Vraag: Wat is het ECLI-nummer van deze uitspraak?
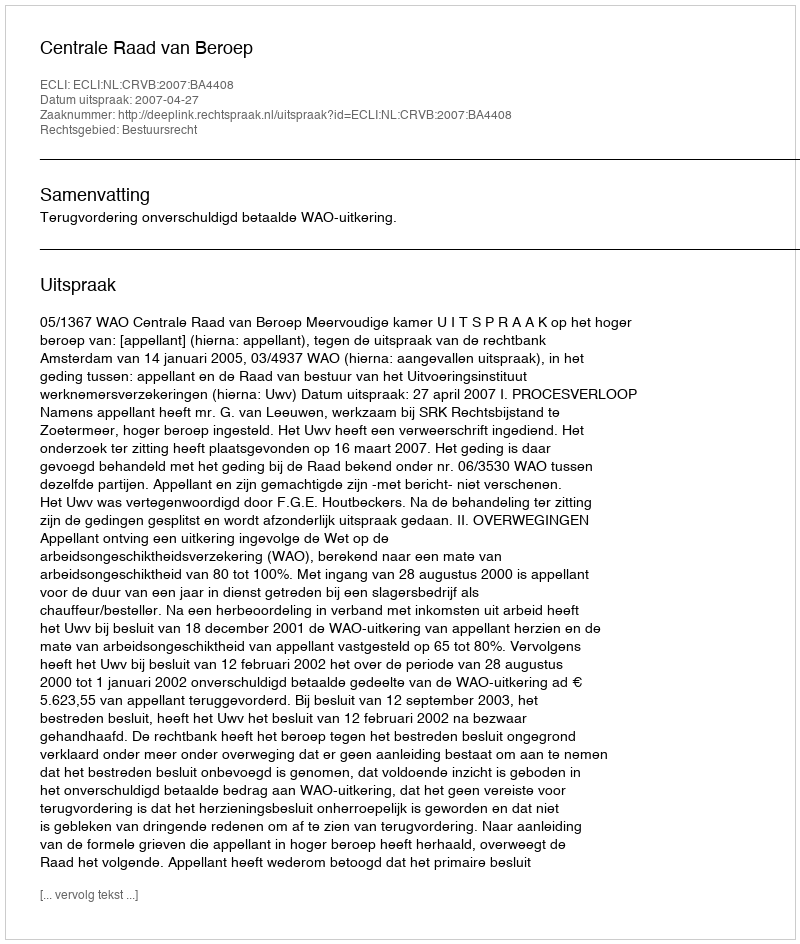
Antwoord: ECLI:NL:CRVB:2007:BA4408